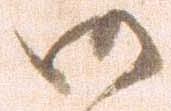
御